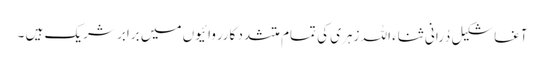
آغاشکیل دُرانی ثناء اللہ زہری کی تمام متشدد کارروائیوں میں برابر شریک ہیں ۔